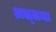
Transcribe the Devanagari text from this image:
अल्‍लमा